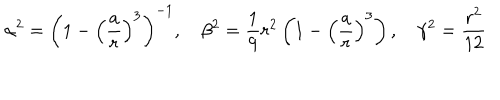
\alpha ^ { 2 } = \left( 1 - \left( { \frac { a } { r } } \right) ^ { 3 } \right) ^ { - 1 } , \quad \beta ^ { 2 } = \frac 1 9 r ^ { 2 } \left( 1 - \left( { \frac { a } { r } } \right) ^ { 3 } \right) , \quad \gamma ^ { 2 } = \frac { \displaystyle r ^ { 2 } } { 1 2 }